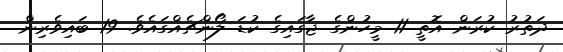
ދަތުރު ކުރަން އޮތީ 11 މީހުންގެ ޖާގައިގެ ކުޑަ ލޯންޗެއްގައެވެ. 19 ބައިވެރިން